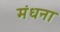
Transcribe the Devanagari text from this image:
मंधना